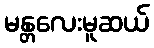
မန္တလေးမူဆယ်